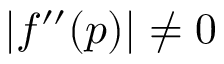
\left| f ^ { \prime \prime } ( p ) \right| \neq 0